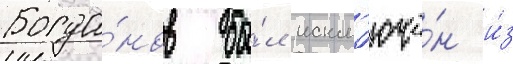
Богда́нов бы́л искл'ючё́н и́з